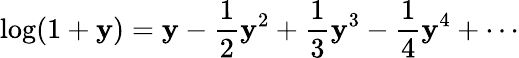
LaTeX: \log(1+\mathbf{y})=\mathbf{y}-{\frac{{1}}{{2}}}\mathbf{y}^{2}+{\frac{{1}}{{3}}}\mathbf{y}^{3}-{\frac{{1}}{{4}}}\mathbf{y}^{4}+\cdots